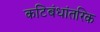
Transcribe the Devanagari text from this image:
कटिबंधांतरिक